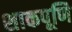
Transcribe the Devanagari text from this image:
शाकपूणि